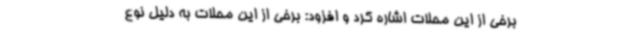
برخی از این محلات اشاره کرد و افزود: برخی از این محلات به دلیل نوع